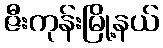
ဇီးကုန်းမြို့နယ်